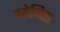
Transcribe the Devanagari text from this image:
ग्लेमिस